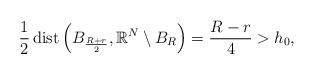
LaTeX: \begin{align*}\frac{1}{2}\,\mathrm{dist}\left({B_\frac{R+r}{2}},\mathbb{R}^N\setminus B_R\right)=\frac{R-r}{4}>h_0,\end{align*}